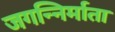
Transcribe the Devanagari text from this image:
जगन्निर्माता